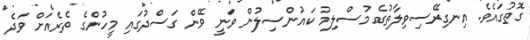
ގޮތުގައެވެ. އިނގިރޭސިވިލާތުގެ މުސްލިމު ކައުންސިލުން ވަނީ ވޭން ގަސްދުގައި މީހުންގެ ތެރެއަށް ވަދެ